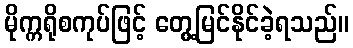
မိုက္ကရိုစကုပ်ဖြင့် တွေ့မြင်နိုင်ခဲ့ရသည်။